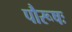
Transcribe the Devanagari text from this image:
पौरूषः